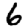
Digit: 6